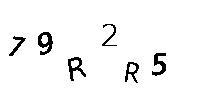
79R2R5